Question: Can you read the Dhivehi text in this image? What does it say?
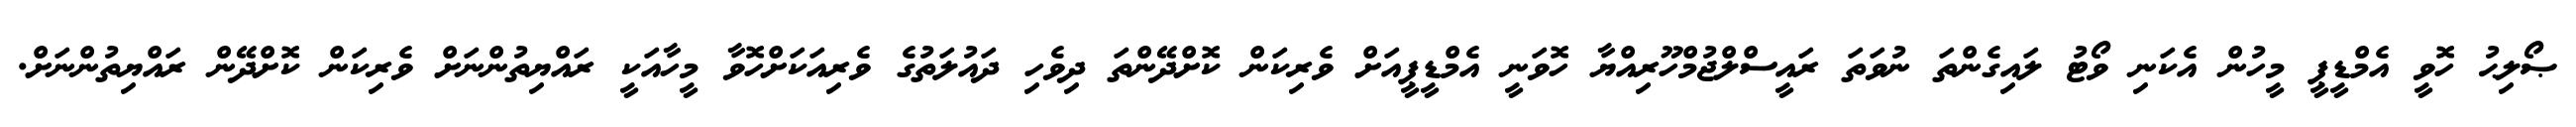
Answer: ޞޯލިޙު ހޮވީ އެމްޑީޕީ މީހުން އެކަނި ވޯޓު ލައިގެންތަ ނުވަތަ ރައީސްލްޖުމްހޫރިއްޔާ ހޮވަނީ އެމްޑީޕީއަށް ވެރިކަން ކޮށްދޭންތަ ދިވެހި ދައުލަތުގެ ވެރިއަކަށްހޮވާ މީހާއަކީ ރައްޔިތުންނަށް ވެރިކަން ކޮށްދޭން ރައްޔިތުންނަށް.